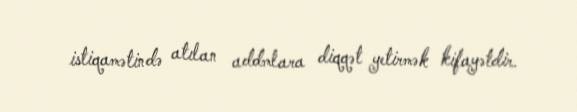
istiqamətində atılan addmlara diqqət yetirmək kifayətdir.